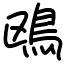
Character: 鴎